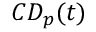
C D _ { p } ( t )